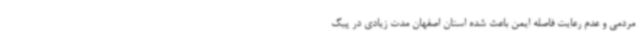
مردمی و عدم رعایت فاصله ایمن باعث شده استان اصفهان مدت زیادی در پیک